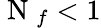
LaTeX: \mathrm{~N~}_{f}<1